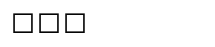
١٦٩